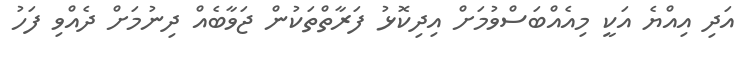
އަދި އިއްޔެ އަކީ މިއެއްބަސްވުމަށް އިދިކޮޅު ފަރާތްތަކުން ޖަވާބެއް ދިނުމަށް ދެއްވި ފަހު